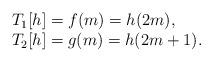
LaTeX: \begin{align*} \begin{array}{l} T_1[h]=f(m)=h(2m),\\ T_2[h]=g(m)=h(2m+1). \end{array} \end{align*}